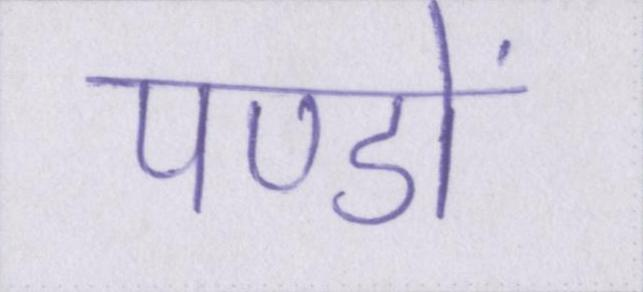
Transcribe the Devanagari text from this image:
पण्डों